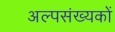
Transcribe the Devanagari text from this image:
अल्पसंख्‍यकों